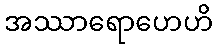
အဿာရောဟေဟိ